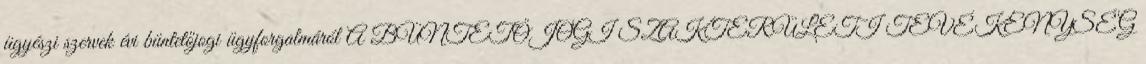
ügyészi szervek évi büntetőjogi ügyforgalmáról A BÜNTETŐJOGI SZAKTERÜLETI TEVÉKENYSÉG